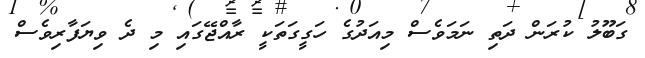
ގަބޫލު ކުރަން ދަތި ނަމަވެސް މިއަދުގެ ހަގީގަތަކީ ރާއްޖޭގައި މި ދެ ވިޔަފާރިވެސް